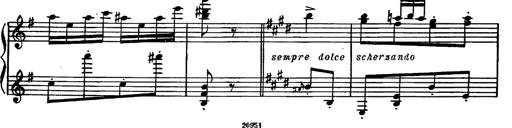
Title: Magyar rapszÃ³diÃ¡k
Composer: Franz Liszt